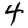
Digit: 4